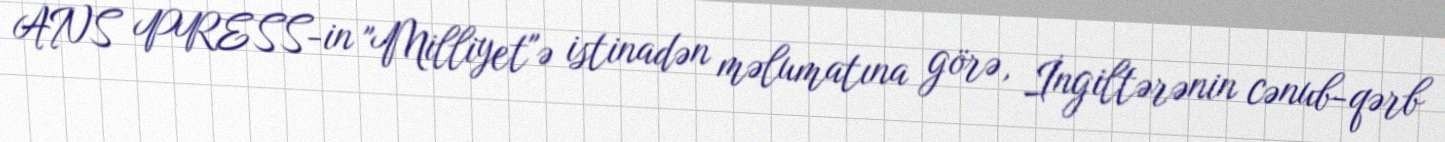
ANS PRESS-in "Milliyet"ə istinadən məlumatına görə, İngiltərənin cənub-qərb